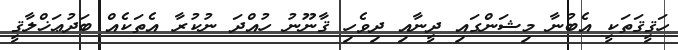
ހަޤީޤަތަކީ އެބުނާ މިޝަންގައި ދީނާއި ދިވެހި ޤާނޫނު ހުއްދަ ނުކުރާ އެތަކެއް ބަދުޢަޚްލާޤީ